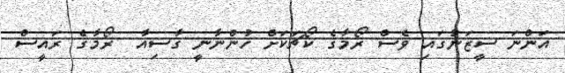
އަންނަ ސީޒަނުގައި ވެސް ރޯމާގެ ކޯޗަކަށް ހުންނާނީ ގާސިއާ  ރޯމާގެ ރައީސް